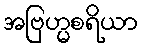
အဗြဟ္မစရိယာ